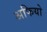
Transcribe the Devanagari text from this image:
अफियो